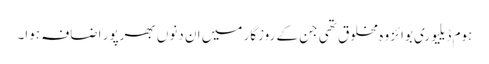
ہوم ڈیلیوری بوائز وہ مخلوق تھی جن کے روزگار میں ان دنوں بھرپور اضافہ ہوا۔